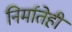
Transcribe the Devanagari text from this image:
निर्मातेही